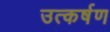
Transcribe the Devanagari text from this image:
उत्कर्षण